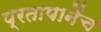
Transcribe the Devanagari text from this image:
प्रतापानेंच